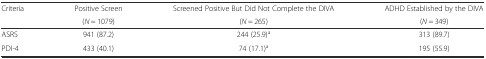
<table><thead><tr><td rowspan="2"><b>Criteria</b></td><td><b>Positive Screen</b></td><td><b>Screened Positive But Did Not Complete the DIVA</b></td><td><b>ADHD Established by the DIVA</b></td></tr><tr><td><b>(<i>N</i> = 1079)</b></td><td><b>(<i>N</i> = 265)</b></td><td><b>(<i>N</i> = 349)</b></td></tr></thead><tbody><tr><td>ASRS</td><td>941 (87.2)</td><td>244 (25.9)<sup>a</sup></td><td>313 (89.7)</td></tr><tr><td>PDI-4</td><td>433 (40.1)</td><td>74 (17.1)<sup>a</sup></td><td>195 (55.9)</td></tr></tbody></table>